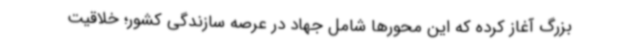
بزرگ آغاز کرده که این محورها شامل جهاد در عرصه سازندگی کشور؛ خلاقیت